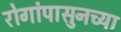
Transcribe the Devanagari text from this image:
रोगांपासुनच्या